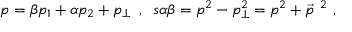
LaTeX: p = \beta p _ { 1 } + \alpha p _ { 2 } + p _ { \perp } ~ \, , \, \, \, s \alpha \beta = p ^ { 2 } - p _ { \perp } ^ { 2 } = p ^ { 2 } + \vec { p } ^ { ~ 2 } ~ ,